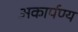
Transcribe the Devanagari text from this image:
अकार्पण्य